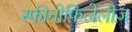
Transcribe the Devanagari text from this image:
स्फीनोफिलेलीज़